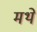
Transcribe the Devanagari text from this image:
मथे